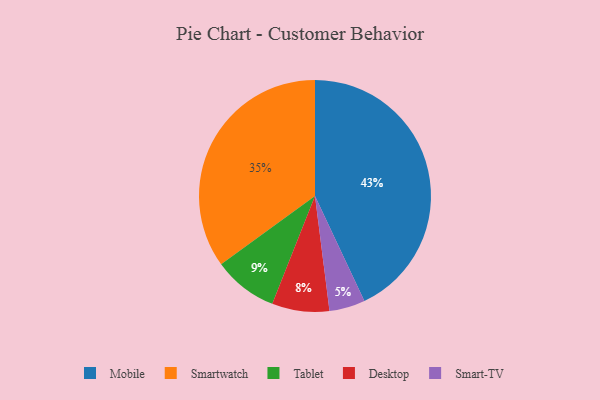
{"axis": {"x": "Category", "y": "Percentage"}, "legend": ["Desktop", "Mobile", "Smart-TV", "Smartwatch", "Tablet"], "data": [{"x": "Smart-TV", "y": 5, "type": "Smart-TV"}, {"x": "Desktop", "y": 8, "type": "Desktop"}, {"x": "Mobile", "y": 43, "type": "Mobile"}, {"x": "Smartwatch", "y": 35, "type": "Smartwatch"}, {"x": "Tablet", "y": 9, "type": "Tablet"}]}